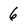
Character: 6